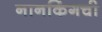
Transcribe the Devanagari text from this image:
नानकिंगची